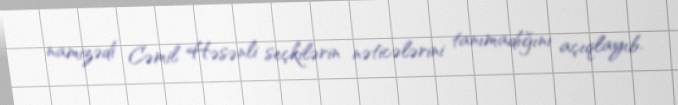
namizədi Cəmil Həsənli seçkilərin nəticələrini tanımadığını açıqlayıb.